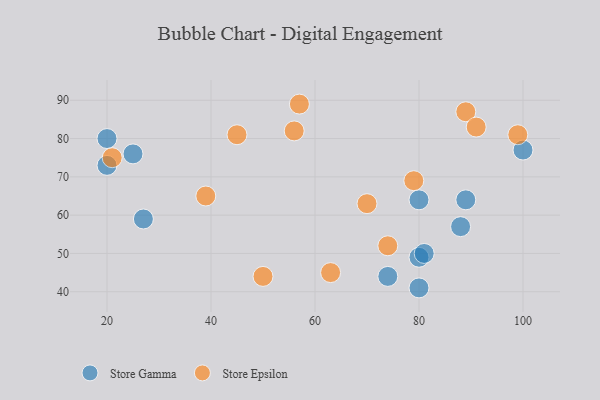
{"axis": {"x": "GDP", "y": "Life Expectancy"}, "legend": ["Store Epsilon", "Store Gamma"], "data": [{"x": "25", "y": 76, "type": "Store Gamma"}, {"x": "89", "y": 64, "type": "Store Gamma"}, {"x": "20", "y": 80, "type": "Store Gamma"}, {"x": "74", "y": 44, "type": "Store Gamma"}, {"x": "80", "y": 64, "type": "Store Gamma"}, {"x": "100", "y": 77, "type": "Store Gamma"}, {"x": "20", "y": 73, "type": "Store Gamma"}, {"x": "80", "y": 49, "type": "Store Gamma"}, {"x": "81", "y": 50, "type": "Store Gamma"}, {"x": "27", "y": 59, "type": "Store Gamma"}, {"x": "80", "y": 41, "type": "Store Gamma"}, {"x": "88", "y": 57, "type": "Store Gamma"}, {"x": "57", "y": 89, "type": "Store Epsilon"}, {"x": "99", "y": 81, "type": "Store Epsilon"}, {"x": "79", "y": 69, "type": "Store Epsilon"}, {"x": "74", "y": 52, "type": "Store Epsilon"}, {"x": "70", "y": 63, "type": "Store Epsilon"}, {"x": "50", "y": 44, "type": "Store Epsilon"}, {"x": "21", "y": 75, "type": "Store Epsilon"}, {"x": "63", "y": 45, "type": "Store Epsilon"}, {"x": "56", "y": 82, "type": "Store Epsilon"}, {"x": "39", "y": 65, "type": "Store Epsilon"}, {"x": "45", "y": 81, "type": "Store Epsilon"}, {"x": "89", "y": 87, "type": "Store Epsilon"}, {"x": "91", "y": 83, "type": "Store Epsilon"}]}